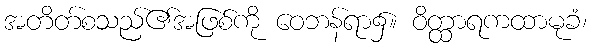
အတိတ်စသည်၏အဖြစ်ကို ဝေဘန်ရာ၌။ ဝိတ္ထာရကထာမုခံ၊